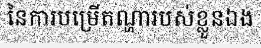
នៃការបម្រើតណ្ហារបស់ខ្លួនឯង